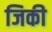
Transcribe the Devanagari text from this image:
जिकी